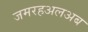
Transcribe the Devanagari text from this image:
जमरहअलअब